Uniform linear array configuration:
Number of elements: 12
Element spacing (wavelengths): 0.5
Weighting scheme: exponential
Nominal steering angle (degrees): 60
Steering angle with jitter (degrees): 58.973
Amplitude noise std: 0.05
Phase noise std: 0.05

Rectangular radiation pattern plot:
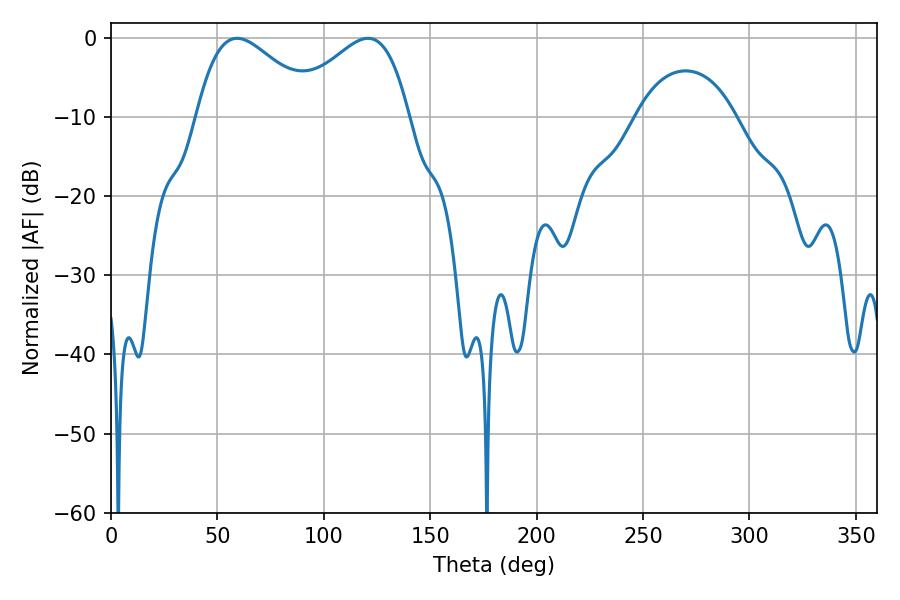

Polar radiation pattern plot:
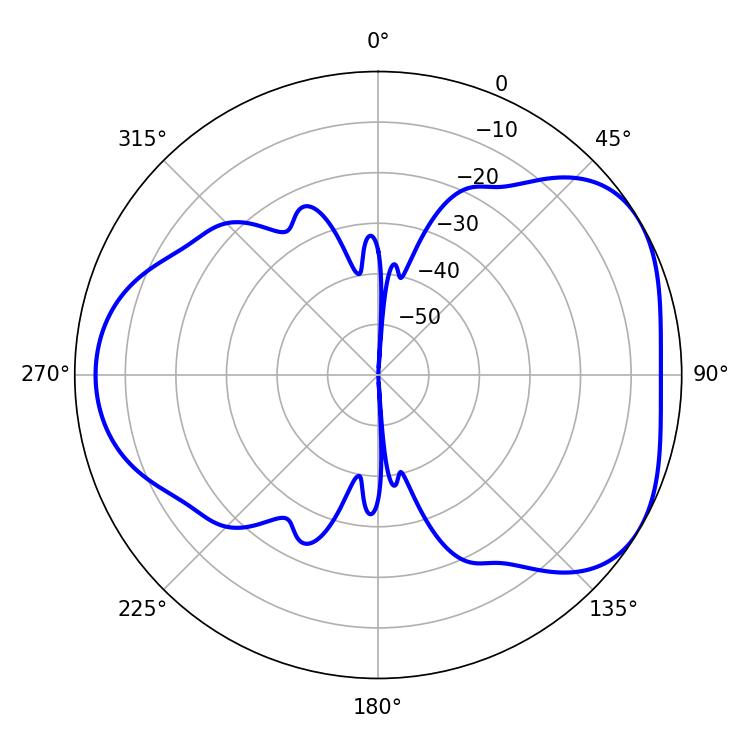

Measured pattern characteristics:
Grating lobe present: FALSE
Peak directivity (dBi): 4.442
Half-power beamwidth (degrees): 30.24
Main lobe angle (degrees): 59.22